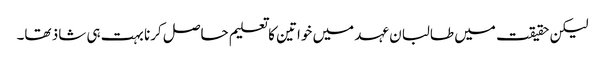
لیکن حقیقت میں طالبان عہد میں خواتین کا تعلیم حاصل کرنا بہت ہی شاذ تھا۔